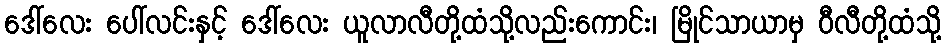
ဒေါ်လေး ပေါ်လင်းနှင့် ဒေါ်လေး ယူလာလီတို့ထံသို့လည်းကောင်း၊ မြိုင်သာယာမှ ဝီလီတို့ထံသို့